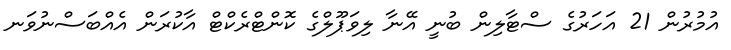
އުމުރުން 21 އަހަރުގެ ސްޓާލިން ބުނީ އޭނާ ލިވަޕޫލްގެ ކޮންޓްރެކްޓް އާކުރަން އެއްބަސްނުވަނ